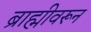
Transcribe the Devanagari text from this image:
ब्राह्मीवरून